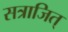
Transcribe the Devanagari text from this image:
सत्राजित्